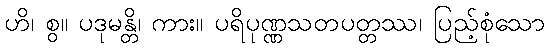
ဟိ၊ စွ။ ပဒုမန္တိ၊ ကား။ ပရိပုဏ္ဏသတပတ္တဿ၊ ပြည့်စုံသော